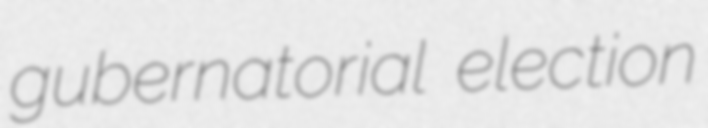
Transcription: gubernatorial election